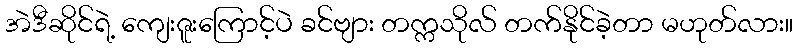
အဲဒီဆိုင်ရဲ့ ကျေးဇူးကြောင့်ပဲ ခင်ဗျား တက္ကသိုလ် တက်နိုင်ခဲ့တာ မဟုတ်လား။